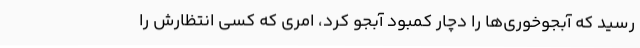
رسید که آبجوخوری‌ها را دچار کمبود آبجو کرد، امری که کسی انتظارش را